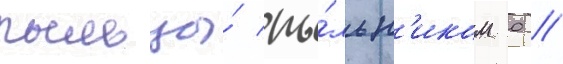
пыльцы́ пы́льн'иком 0 /